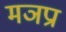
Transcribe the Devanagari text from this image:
मञप्रा